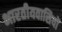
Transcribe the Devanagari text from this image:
भारतीयवासियों